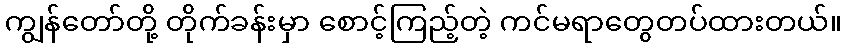
ကျွန်တော်တို့ တိုက်ခန်းမှာ စောင့်ကြည့်တဲ့ ကင်မရာတွေတပ်ထားတယ်။